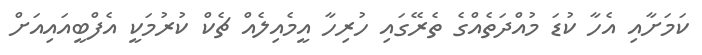
ކަމަށާއި އެހާ ކުޑަ މުއްދަތެއްގެ ތެރޭގައި ހުރިހާ އީމެއިލެއް ޗެކް ކުރުމަކީ އެފްބީއައިއަށް